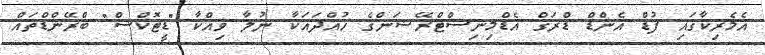
އެމެރިކާގައި ފުޑް އެންޑް ޑްރަގް އެޑްމިނިސްޓްރޭޝަންގެ ހުއްދައަކާ ނުލާ ވިއްކާ "ޑީޓޮކްސް" ބްރޭންޑްތައް